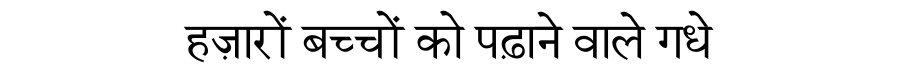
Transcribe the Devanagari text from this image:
हज़ारों बच्चों को पढ़ाने वाले गधे